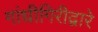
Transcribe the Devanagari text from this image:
गांधीगिरीद्वारे